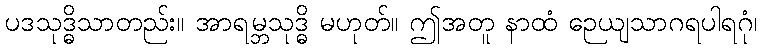
ပဒသုဒ္ဓိသာတည်း။ အာရမ္ဘသုဒ္ဓိ မဟုတ်။ ဤအတူ နာထံ ဉေယျသာဂရပါရဂုံ၊